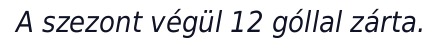
A szezont végül 12 góllal zárta.